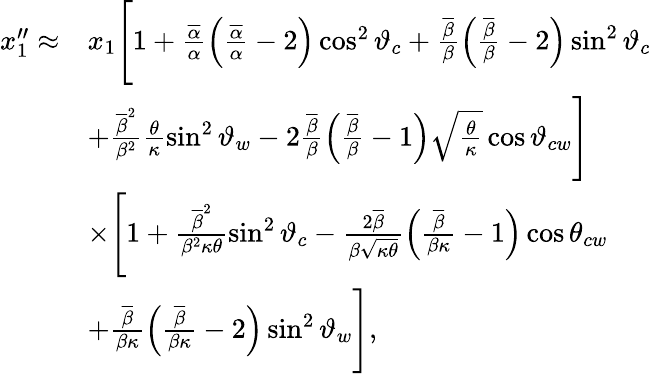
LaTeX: \begin{array}{rl}{x_{1}^{\prime\prime}\approx}&{x_{1}\Bigg[1+\frac{\overline{{\alpha}}}{\alpha}\left(\frac{\overline{{\alpha}}}{\alpha}-2\right)\cos^{2}\vartheta_{c}+\frac{\overline{{\beta}}}{\beta}\left(\frac{\overline{{\beta}}}{\beta}-2\right)\sin^{2}\vartheta_{c}}\\ &{+\frac{\overline{{\beta}}^{2}}{\beta^{2}}\frac{\theta}{\kappa}\sin^{2}\vartheta_{w}-2\frac{\overline{{\beta}}}{\beta}\left(\frac{\overline{{\beta}}}{\beta}-1\right)\sqrt{\frac{\theta}{\kappa}}\cos\vartheta_{cw}\Bigg]}\\ &{\times\Bigg[1+\frac{\overline{{\beta}}^{2}}{\beta^{2}\kappa\theta}\sin^{2}\vartheta_{c}-\frac{2\overline{{\beta}}}{\beta\sqrt{\kappa\theta}}\left(\frac{\overline{{\beta}}}{\beta\kappa}-1\right)\cos\theta_{cw}}\\ &{+\frac{\overline{{\beta}}}{\beta\kappa}\left(\frac{\overline{{\beta}}}{\beta\kappa}-2\right)\sin^{2}\vartheta_{w}\Bigg],}\end{array}